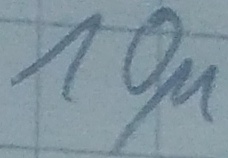
Text: 10µ